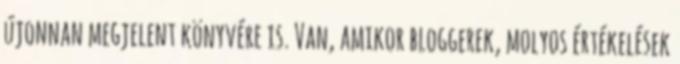
újonnan megjelent könyvére is. Van, amikor bloggerek, molyos értékelések